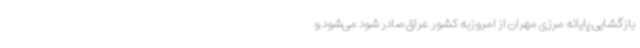
بازگشایی پایانه مرزی مهران از امروزبه کشور عراق صادر شود می‌شود و